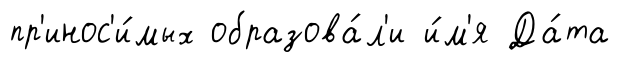
пр'инос'и́мых образова́л'и и́м'я Да́та